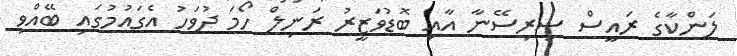
ލަންކާގެ ރައީސް ސިރިސޭނާ އާއި ބޮޑުވަޒީރު ރަނިލް ހޯމަ ދުވަހު އެގައުމުގައި ބޭއްވި